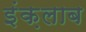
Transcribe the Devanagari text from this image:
इंक़लाब